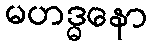
မဟဒ္ဓနော